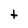
Character: t